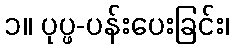
၁။ ပုပ္ဖ-ပန်းပေးခြင်း၊